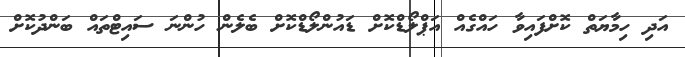
އަދި ހިމާޔަތް ކޮށްފައިވާ ހައްގެއް އަޕްލޯޑްކޮށް ޑައުންލޯޑްކޮށް ބެލެން ހުންނަ ސައިޓްތައް ބަންދުކޮށް